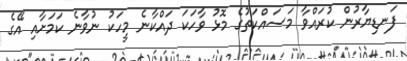
ފަނޑިޔާރުން ކުރައްވާ މަސައްކަތުގެ މޮޅު ވާހަކަ ދައްކާނެ މީހަކު ނުވާނެ ކަމަށާއި އޭގެ